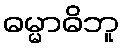
ဓမ္မာဓိဘူ